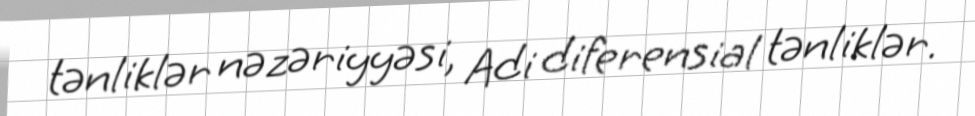
tənliklər nəzəriyyəsi, Adi diferensial tənliklər.